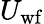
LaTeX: U_{\mathrm{wf}}